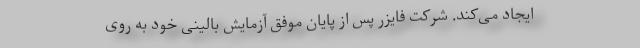
ایجاد می‌کند. شرکت فایزر پس از پایان موفق آزمایش بالینی خود به روی